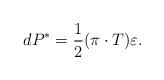
LaTeX: \begin{align*} dP^\ast=\frac{1}{2}(\pi\cdot T)\varepsilon.\end{align*}